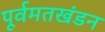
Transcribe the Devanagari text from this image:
पूर्वमतखंडन